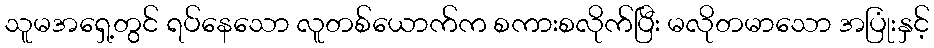
သူမအရှေ့တွင် ရပ်နေသော လူတစ်ယောက်က စကားစလိုက်ပြီး မလိုတမာသော အပြုံးနှင့်